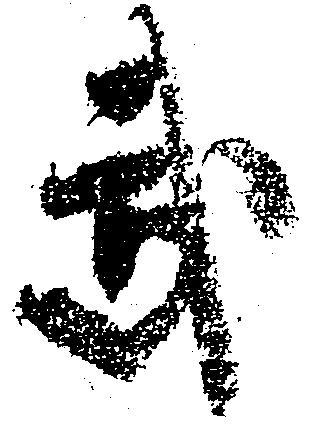
武